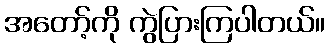
အတော့်ကို ကွဲပြားကြပါတယ်။